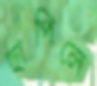
ছাপিলে